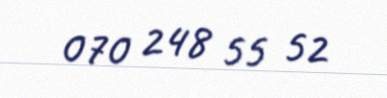
070 248 55 52